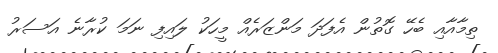
ތިމާއާއި ބެހޭ ގޮތުން އެފަދަ މަންޒަރެއް މީހަކު ލައިފި ނަމަ ކުރާނެ އަސަރު